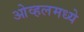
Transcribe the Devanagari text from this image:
ओव्हलमध्ये